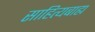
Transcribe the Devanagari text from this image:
साहित्यबाह्य